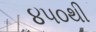
૪૫૦થી